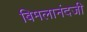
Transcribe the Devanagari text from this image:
बिमलानंदजी